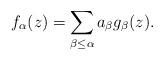
LaTeX: \begin{align*}f_{\alpha}(z)=\sum_{\beta\leq\alpha}a_{\beta}g_{\beta}(z).\end{align*}